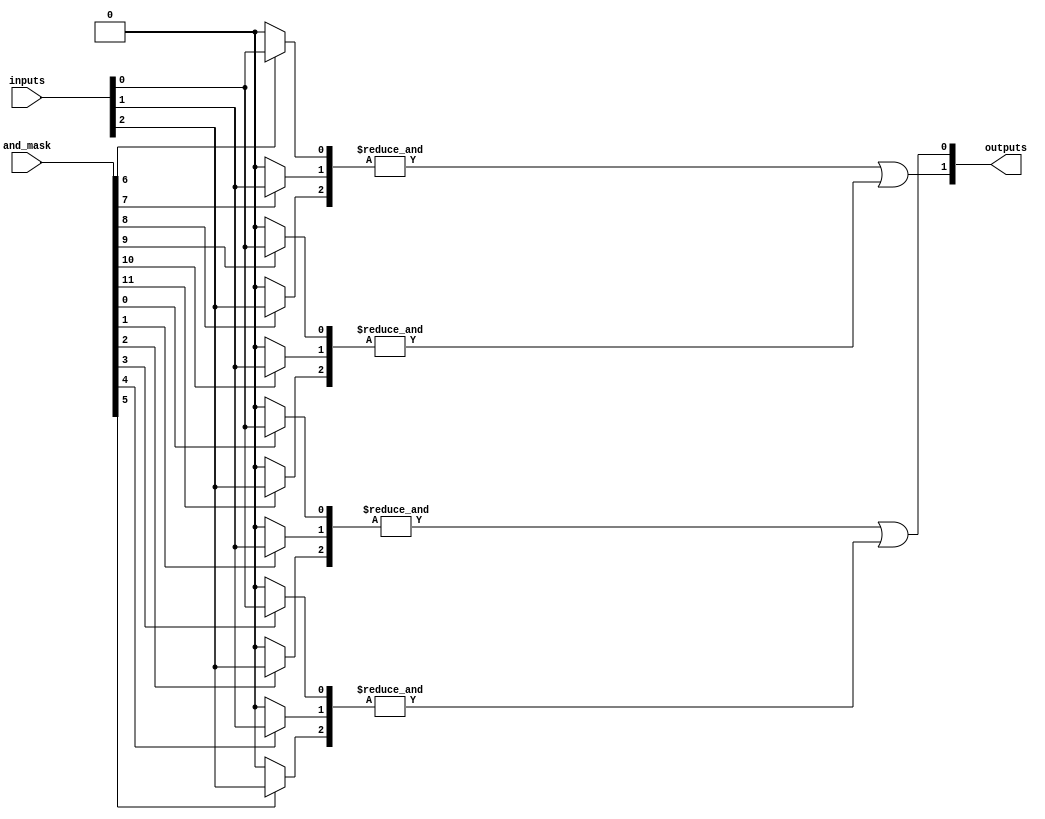
module MaskedPAL #(
    parameter NUM_INPUTS = 3,       // Number of input lines (A, B, C, ...)
    parameter NUM_AND_GATES = 4,     // Number of AND gates
    parameter NUM_OR_GATES = 2        // Number of OR gates
)(
    input wire [NUM_INPUTS-1:0] inputs, // Input lines
    input wire [NUM_AND_GATES*NUM_INPUTS-1:0] and_mask, // Programming mask for AND gates
    output wire [NUM_OR_GATES-1:0] outputs // Outputs from the OR gates
);

    wire [NUM_AND_GATES-1:0] and_out; // Outputs from AND gates
    wire [NUM_OR_GATES-1:0] or_out;    // Outputs from OR gates

    // Generate AND gates with masking
    genvar i, j;
    
    generate 
        for (i = 0; i < NUM_AND_GATES; i = i + 1) begin : and_gate
            wire [NUM_INPUTS-1:0] and_inputs;
            wire [NUM_INPUTS-1:0] and_inputs_masked;

            // Mask inputs based on programming
            for (j = 0; j < NUM_INPUTS; j = j + 1) begin : input_masking
                assign and_inputs_masked[j] = and_mask[i * NUM_INPUTS + j] ? inputs[j] : 1'b0;
            end

            // AND gate implementation: AND all inputs
            assign and_out[i] = &and_inputs_masked;
        end
    endgenerate

    // Fixed OR array to combine the outputs of the AND gates
    assign or_out[0] = and_out[0] | and_out[1]; // Example: OR gate combining AND gates 0 and 1
    assign or_out[1] = and_out[2] | and_out[3]; // Example: OR gate combining AND gates 2 and 3

    // Final outputs
    assign outputs = or_out;

endmodule